Scottish Leaving Certificate Examination, 1951
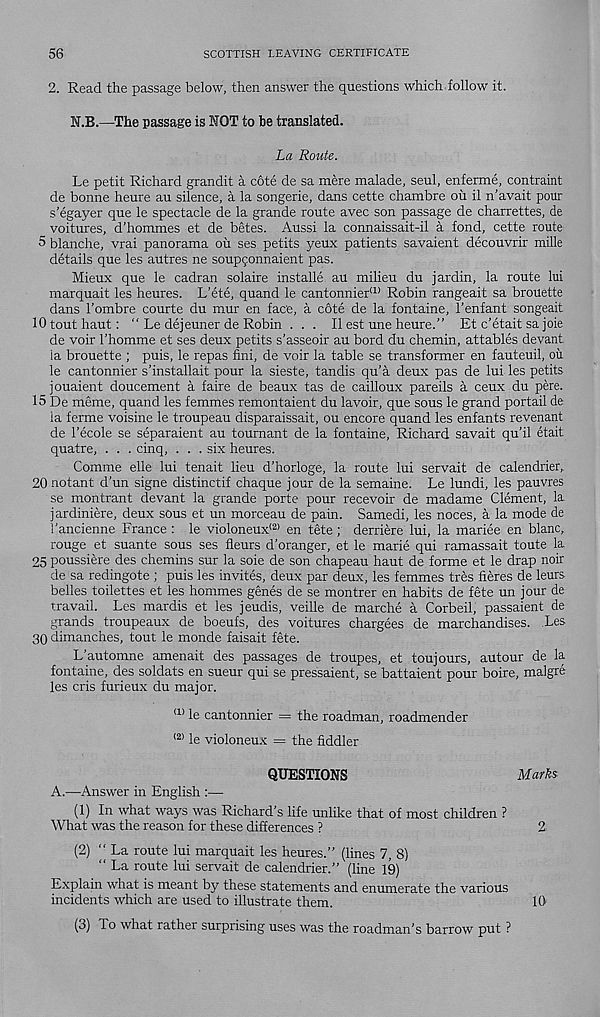
56
SCOTTISH LEAVING CERTIFICATE
2. Read the passage below, then answer the questions which follow it.
N.B.—The passage is NOT to he translated.
La Route.
Le petit Richard grandit a cote de sa mere malade, seal, enferme, contraint
de bonne heure au silence, a la songerie, dans cette chambre oil il n’avait pour
s'egayer que le spectacle de la grande route avec son passage de charrettes, de
voitures, d’hommes et de betes. Aussi la connaissait-il a fond, cette route
5 blanche, vrai panorama oil ses petits yeux patients savaient decouvrir mille
details que les autres ne soupgonnaient pas.
Mieux que le cadran solaire installe au milieu du jardin, la route lui
marquait les heures. L’ete, quand le cantonnier <1> Robin rangeait sa brouette
dans 1’ombre courte du mur en face, a cote de la fontaine, I’enfant songeait
lOtouthaut: “ Le dejeuner de Robin . . . II est une heure.” Et c’etait sa joie
de voir I’homme et ses deux petits s’asseoir au bord du chemin, attables devant
la brouette ; puis, le repas fini, de voir la table se transformer en fauteuil, ou
le cantonnier s’installait pour la sieste, tandis qu’a deux pas de lui les petits
jouaient doucement a faire de beaux tas de cailloux pareils a ceux du pere.
15 De meme, quand les femmes remontaient du lavoir, que sous le grand portail de
la ferme voisine le troupeau disparaissait, ou encore quand les enfants revenant
de 1’ecole se separaient au tournant de la fontaine, Richard savait qu'il etait
quatre, . . . cinq, . . . six heures.
Comme elle lui tenait lieu d’horloge, la route lui servait de calendrier,
20 notant d’un signe distinctif chaque jour de la semaine. Le lundi, les pauvres
se montrant devant la grande porte pour recevoir de madame Clement, la
jardiniere, deux sous et un morceau de pain. Samedi, les noces, a la mode de
Tancienne France : le violoneux (2) en tete ; derriere lui, la mariee en blanc,
rouge et suante sous ses fleurs d’oranger, et le marie qui ramassait toute la
25 poussiere des chemins sur la sole de son chapeau haut de forme et le drap noir
de sa redingote ; puis les invites, deux par deux, les femmes tres fieres de leurs
belles toilettes et les hommes genes de se montrer en habits de fete un jour de
travail. Les mardis et les jeudis, veille de marche a Corbeil, passaient de
grands troupeaux de boeufs, des voitures chargees de marchandises. Les
30 dimanches, tout le monde faisait fete.
L’automne amenait des passages de troupes, et toujours, autour de la
fontaine, des soldats en sueur qui se pressaient, se battaient pour boire, malgre
les cris furieux du major.
111 le cantonnier = the roadman, roadmender
(2) le violoneux = the fiddler
QUESTIONS
A.—Answer in English :—
(1) In what ways was Richard’s life unlike that of most children ?
What was the reason for these differences ?
(2) " La route lui marquait les heures.” (lines 7, 8)
“ La route lui servait de calendrier.” (line 19)
Explain what is meant by these statements and enumerate the various
incidents which are used to illustrate them.
16
(3) 1 o what rather surprising uses was the roadman’s barrow put ?
Marks
2